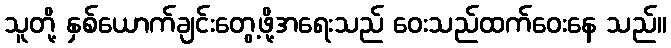
သူတို့ နှစ်ယောက်ချင်းတွေ့ဖို့အရေးသည် ဝေးသည်ထက်ဝေးနေ သည်။